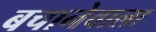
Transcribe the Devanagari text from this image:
बचानेवाला